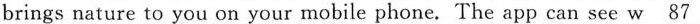
brings nature to you on your mobile phone. The app can see \underline{w 87}